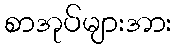
စာအုပ်များအား